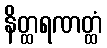
နိတ္ထရဏတ္ထံ